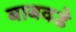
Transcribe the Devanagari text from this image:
बाबवडे